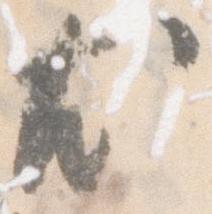
尤